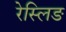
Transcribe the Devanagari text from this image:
रेस्लिङ